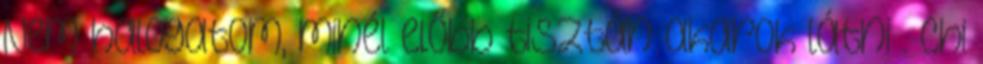
Nem halogatom, minél előbb tisztán akarok látni . Chi